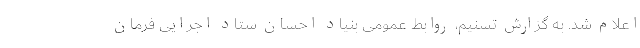
اعلام شد. به گزارش تسنیم، روابط عمومی بنیاد احسان ستاد اجرایی فرمان